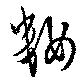
籹